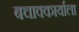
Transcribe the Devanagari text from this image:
बचावकार्याला